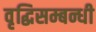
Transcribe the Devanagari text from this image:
वृद्धिसम्बन्धी